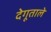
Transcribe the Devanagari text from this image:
देगूताले